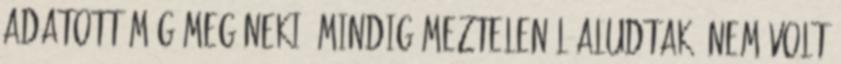
adatott még meg neki. Mindig meztelenül aludtak. Nem volt